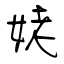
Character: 姥